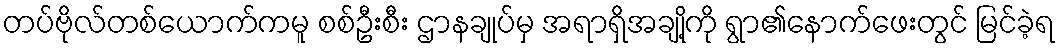
တပ်ဗိုလ်တစ်ယောက်ကမူ စစ်ဦးစီး ဌာနချုပ်မှ အရာရှိအချို့ကို ရွာ၏နောက်ဖေးတွင် မြင်ခဲ့ရ